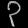
Digit: ၃